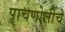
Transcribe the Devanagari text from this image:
पाचणोलीचे